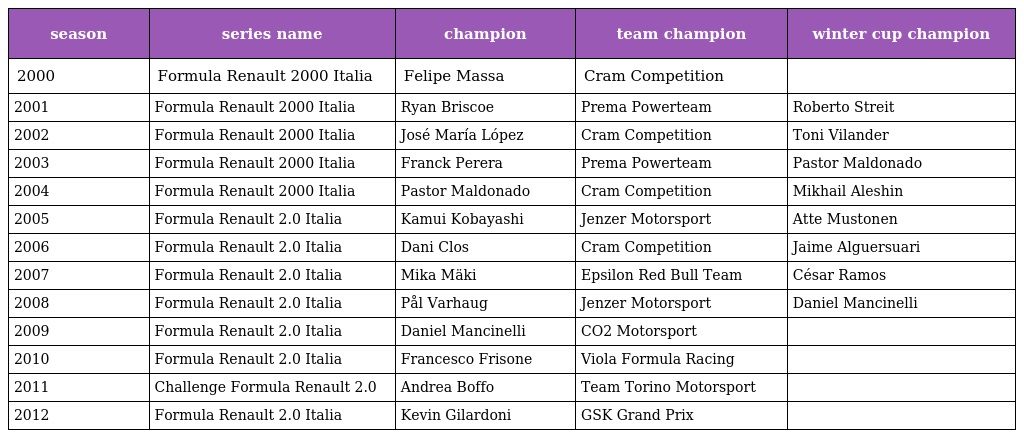
| season | series name | champion | team champion | winter cup champion |
 | --- | --- | --- | --- | --- |
 | 2000 | Formula Renault 2000 Italia | Felipe Massa | Cram Competition |  |
 | 2001 | Formula Renault 2000 Italia | Ryan Briscoe | Prema Powerteam | Roberto Streit |
 | 2002 | Formula Renault 2000 Italia | José María López | Cram Competition | Toni Vilander |
 | 2003 | Formula Renault 2000 Italia | Franck Perera | Prema Powerteam | Pastor Maldonado |
 | 2004 | Formula Renault 2000 Italia | Pastor Maldonado | Cram Competition | Mikhail Aleshin |
 | 2005 | Formula Renault 2.0 Italia | Kamui Kobayashi | Jenzer Motorsport | Atte Mustonen |
 | 2006 | Formula Renault 2.0 Italia | Dani Clos | Cram Competition | Jaime Alguersuari |
 | 2007 | Formula Renault 2.0 Italia | Mika Mäki | Epsilon Red Bull Team | César Ramos |
 | 2008 | Formula Renault 2.0 Italia | Pål Varhaug | Jenzer Motorsport | Daniel Mancinelli |
 | 2009 | Formula Renault 2.0 Italia | Daniel Mancinelli | CO2 Motorsport |  |
 | 2010 | Formula Renault 2.0 Italia | Francesco Frisone | Viola Formula Racing |  |
 | 2011 | Challenge Formula Renault 2.0 | Andrea Boffo | Team Torino Motorsport |  |
 | 2012 | Formula Renault 2.0 Italia | Kevin Gilardoni | GSK Grand Prix |  |